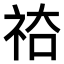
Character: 𥙗